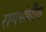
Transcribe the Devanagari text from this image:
रागसंगीत